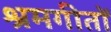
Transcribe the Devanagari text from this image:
श्रमगीतों